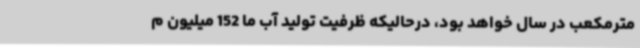
مترمکعب در سال خواهد بود، درحالیکه ظرفیت تولید آب ما 152 میلیون م